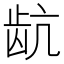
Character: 𬹽